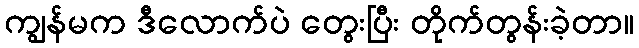
ကျွန်မက ဒီလောက်ပဲ တွေးပြီး တိုက်တွန်းခဲ့တာ။